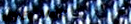
sUpEr MaRt